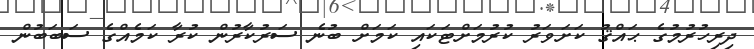
ދިރިހުރުމުގެ ޙައްޤު ކަށަވަރު ކުރުމަށްޓަކައި ކަމަށް ބުނެ ސަރުކާރުން ކުރާ ކަމެއްގެ ސަބަބުން